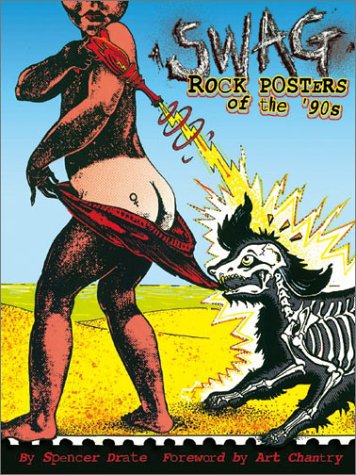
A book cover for Swag: Rock Posters of the 90's; Spencer Drate; Crafts, Hobbies & Home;